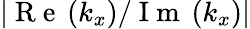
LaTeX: \left|\mathrm{~R~e~}\left(k_{x}\right)/\mathrm{~I~m~}\left(k_{x}\right)\right|